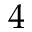
4